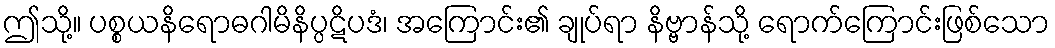
ဤသို့။ ပစ္စယနိရောဓဂါမိနိပ္ပဋိပဒံ၊ အကြောင်း၏ ချုပ်ရာ နိဗ္ဗာန်သို့ ရောက်ကြောင်းဖြစ်သော